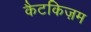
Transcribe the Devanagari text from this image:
कैटकिज़म